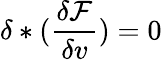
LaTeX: \delta\ast(\frac{\delta\mathcal{F}}{\delta v})=0